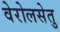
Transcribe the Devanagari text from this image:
वेरोलसेतु